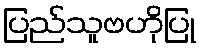
ပြည်သူဗဟိုပြု